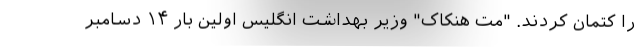
را کتمان کردند. "مت هنکاک" وزیر بهداشت انگلیس اولین بار ۱۴ دسامبر